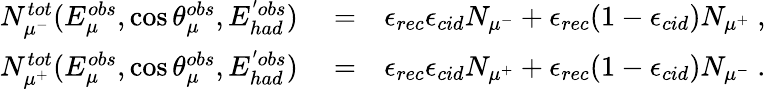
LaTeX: \begin{array}{rlr}{N_{\mu^{-}}^{tot}(E_{\mu}^{obs},\cos\theta_{\mu}^{obs},E_{had}^{'obs})}&{{}=}&{\epsilon_{rec}\epsilon_{cid}N_{\mu^{-}}+\epsilon_{rec}(1-\epsilon_{cid})N_{\mu^{+}}~,}\\ {N_{\mu^{+}}^{tot}(E_{\mu}^{obs},\cos\theta_{\mu}^{obs},E_{had}^{'obs})}&{{}=}&{\epsilon_{rec}\epsilon_{cid}N_{\mu^{+}}+\epsilon_{rec}(1-\epsilon_{cid})N_{\mu^{-}}~.}\end{array}